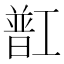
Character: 㠮